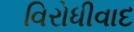
વિરોધીવાદ